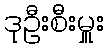
ဒုဦးစီးမှူး